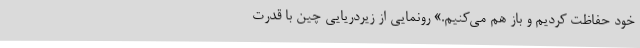
خود حفاظت کردیم و باز هم می‌کنیم.» رونمایی از زیردریایی چین با قدرت